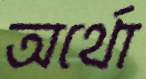
অর্থো